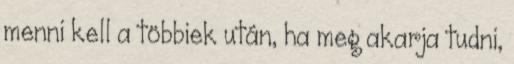
menni kell a többiek után, ha meg akarja tudni,